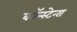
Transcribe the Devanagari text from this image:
कॉन्स्टेन्स